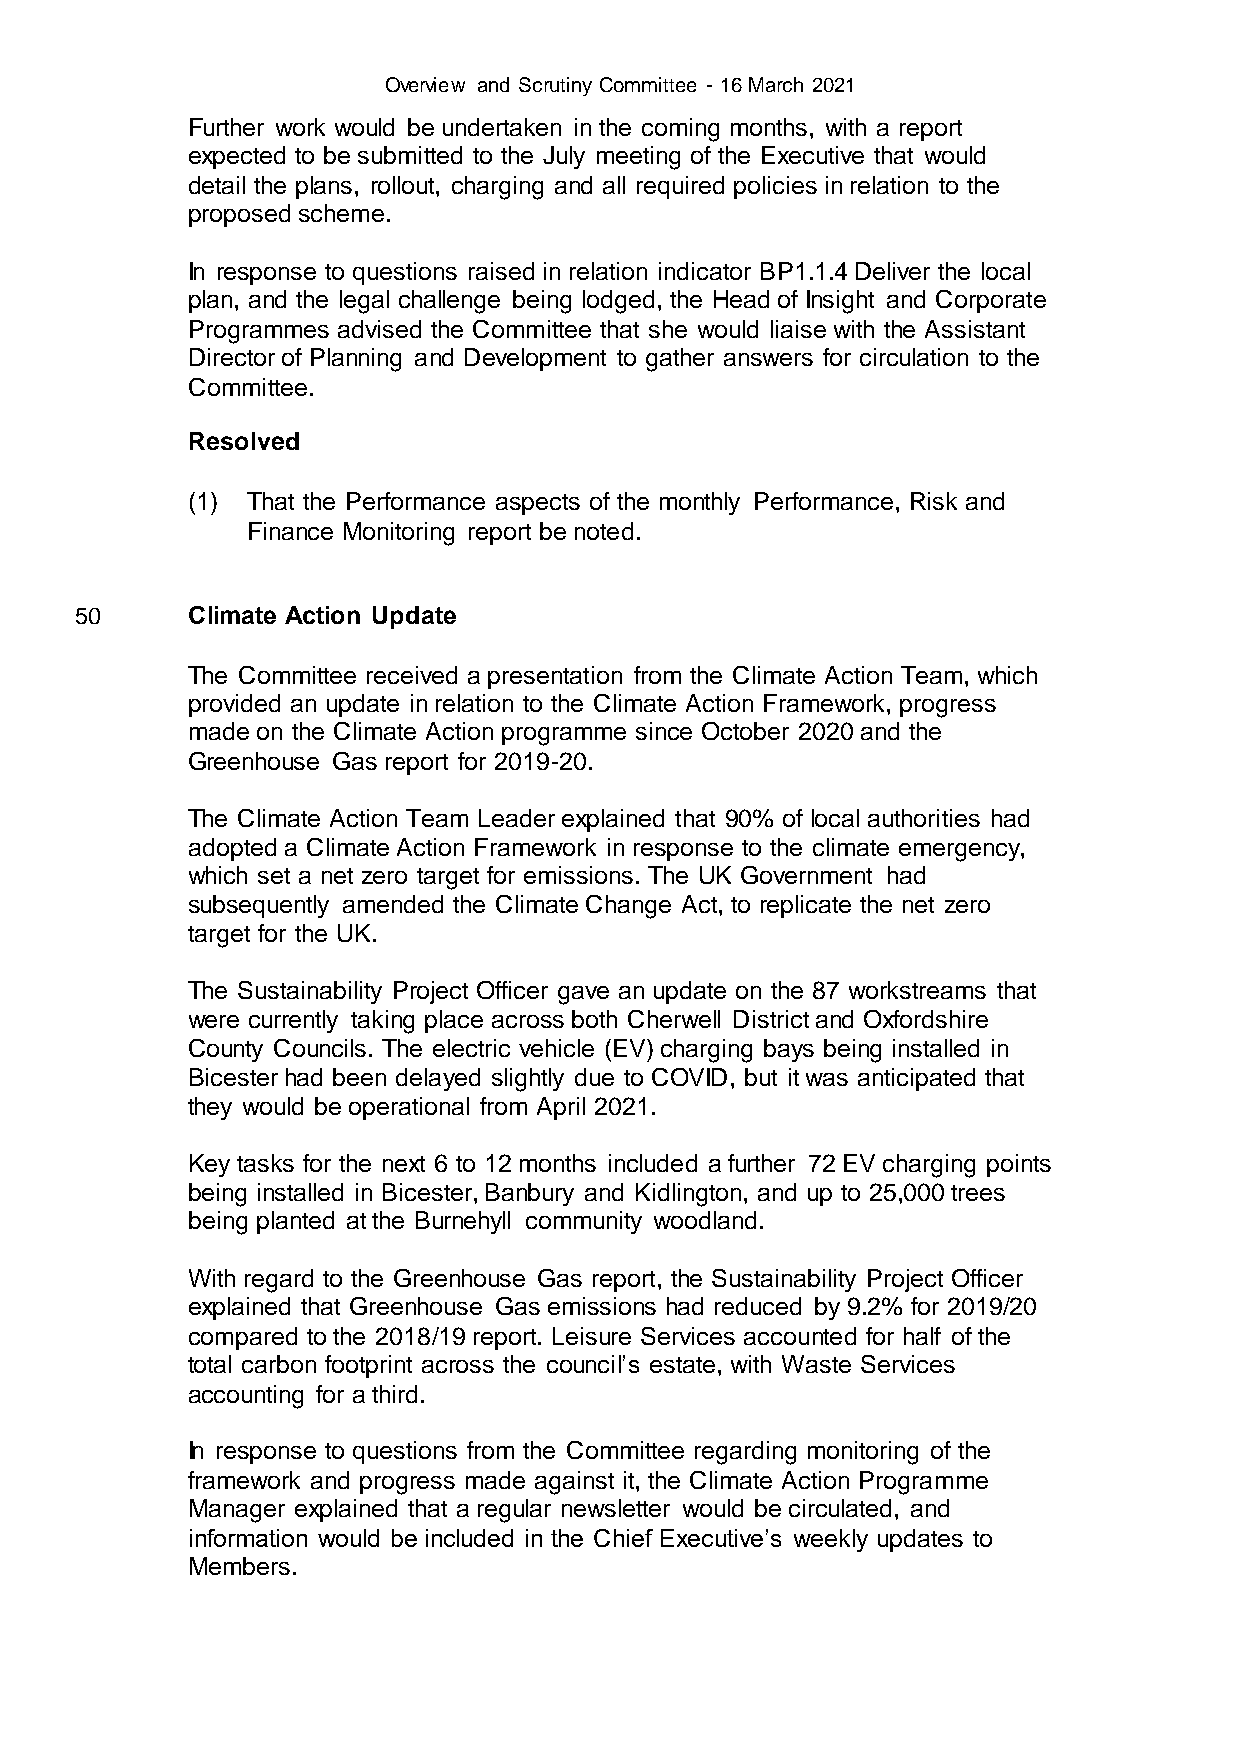
Overview and Scrutiny Committee - 16 March 2021
 Further work would be undertaken in the coming months, with a report
 expected to be submitted to the July meeting of the Executive that would
 detail the plans, rollout, charging and all required policies in relation to the
 proposed scheme.
 In response to questions raised in relation indicator BP1.1.4 Deliver the local
 plan, and the legal challenge being lodged, the Head of Insight and Corporate
 Programmes advised the Committee that she would liaise with the Assistant
 Director of Planning and Development to gather answers for circulation to the
 Committee.
 Resolved
 (1) That the Performance aspects of the monthly Performance, Risk and
 Finance Monitoring report be noted.
 50     Climate Action Update
 The Committee received a presentation from the Climate Action Team, which
 provided an update in relation to the Climate Action Framework, progress
 made on the Climate Action programme since October 2020 and the
 Greenhouse Gas report for 2019-20.
 The Climate Action Team Leader explained that 90% of local authorities had
 adopted a Climate Action Framework in response to the climate emergency,
 which set a net zero target for emissions. The UK Government had
 subsequently amended the Climate Change Act, to replicate the net zero
 target for the UK.
 The Sustainability Project Officer gave an update on the 87 workstreams that
 were currently taking place across both Cherwell District and Oxfordshire
 County Councils. The electric vehicle (EV) charging bays being installed in
 Bicester had been delayed slightly due to COVID, but it was anticipated that
 they would be operational from April 2021.
 Key tasks for the next 6 to 12 months included a further 72 EV charging points
 being installed in Bicester, Banbury and Kidlington, and up to 25,000 trees
 being planted at the Burnehyll community woodland.
 With regard to the Greenhouse Gas report, the Sustainability Project Officer
 explained that Greenhouse Gas emissions had reduced by 9.2% for 2019/20
 compared to the 2018/19 report. Leisure Services accounted for half of the
 total carbon footprint across the council’s estate, with Waste Services
 accounting for a third.
 In response to questions from the Committee regarding monitoring of the
 framework and progress made against it, the Climate Action Programme
 Manager explained that a regular newsletter would be circulated, and
 information would be included in the Chief Executive’s weekly updates to
 Members.